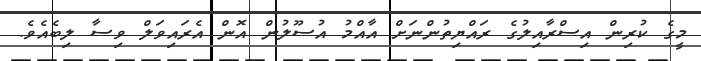
މީގެ ކުރިން އިސްރާއިލުގެ ރައްޔިތުންނަށް އާއްމު އުސޫލުން އޮން އެރައިވަލް ވިސާ ލިބެއެވެ.